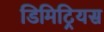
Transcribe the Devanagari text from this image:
डिमिट्रियस